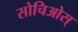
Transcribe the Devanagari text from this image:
सोचिओस्